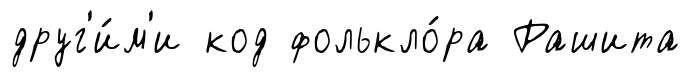
друг'и́м'и код фолькло́ра Рашита